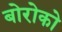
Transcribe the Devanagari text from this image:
बोरोको